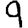
Digit: 9